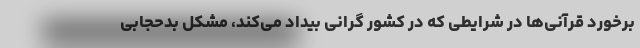
برخورد قرآنی‌ها در شرایطی که در کشور گرانی بیداد می‌کند، مشکل بدحجابی